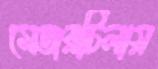
মেজরটিলায়